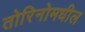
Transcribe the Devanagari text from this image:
तोरिनोमधील